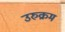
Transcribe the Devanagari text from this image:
उरुक्रम